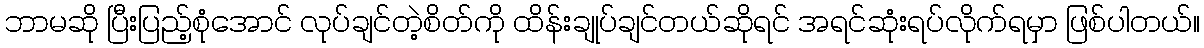
ဘာမဆို ပြီးပြည့်စုံအောင် လုပ်ချင်တဲ့စိတ်ကို ထိန်းချုပ်ချင်တယ်ဆိုရင် အရင်ဆုံးရပ်လိုက်ရမှာ ဖြစ်ပါတယ်။